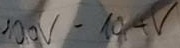
Text: 10,0V-10,4V